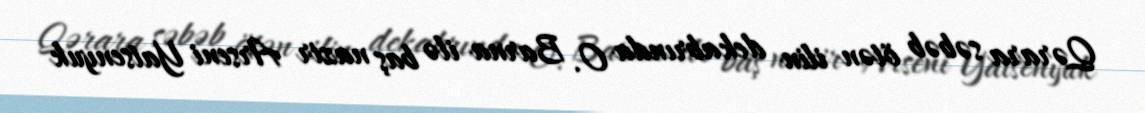
Qərara səbəb ötən ilin dekabrında O. Barna ilə baş nazir Arseni Yatsenyuk